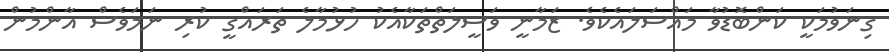
ގިނަވުމަކީ ކަންބޮޑުވާ މައްސަލައެކެވެ. ޒަމާނީ ވަސީލަތްތަކާއެކު ހުޅުމާލެ ތަރައްގީ ކުރި ނަމަވެސް އާންމުން